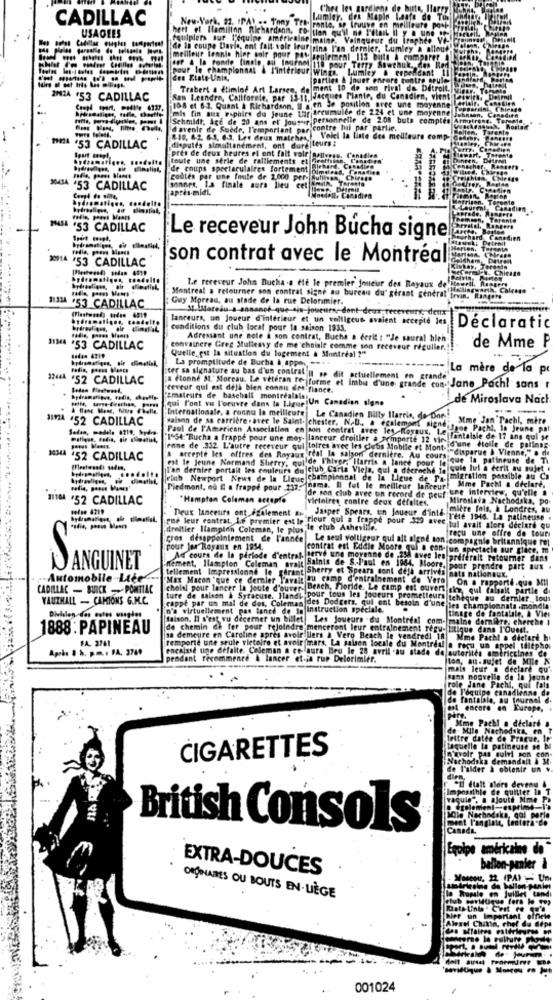
Chea les gardiens de bote, Ilarry
CADILLAC
New-York, 22. IPAY .. Tony Tro-
Lumley, des Maple Leafs de Tus
USAGEES
rente, se trouve en meilleure powi
hert et llamilton Richardann. Co. tien qu'il ne S'était Il y a une Ce
equiplers sur l'équipe americaine maine, Vainqueur du trophée Ve -!
de la coupe Davis, ont fait voir iruftrina l'an dernier, Lumley a oilout!
meilleur tennis hier soir pour pas-
egirmenl 113 bitte . comparer
pour le championnat & l'interieur Wings. Lumley & Cependant Il
her a la fonde finale, au tournel ia pour Terry Sawchuk. den Red.
den Etato-Unis,
parties & jouer encore contre spule
Trabert . ftimind Art Larsen, de ment 10 de son rival de Detroit.
'53 CADILLAC
San Leandro, Californie, par 13-1: [Jacques Piante, du Canadien, vient
108 et 6.2. Quant & Richardson, U a.en de position aree une moyenne
Lar arcumulde de 224 et une moyenne
mis fin aux espoirs du jeune tar
Schmidt, Ace de 20 ans et jousur personnelle de 208 buts comptes
davenir de Suède, l'emportant par"
contre hal par partie.
8-10. 6.2. 6.3. 6.3. Les deux matches,
.Voiel la liste des meilleurs comp
MIA .53 CADILLAC
disputes simultanément, ont dure teurs:
pres de deus heures el ont fait voir nAlly
toute une serie de ralliements et
de coups spectaculaires fortement
cobles par ine foste de 2.000 per-
3MAJA 453 CADILLAC
après-midi.
sonnes, La finale aura lieu ce
14SL 53 CADILLAC
Le receveur John Bucha signe
X14 53 CADILLAC
son contrat avec le Montréal
Montreal a retourner son contrat signe au bureau du' gérant generali
Le receveur John Bucha-a ete le premier joueur des Reyaux de
1111A *53 CADILLAC
Guy Moreau, au stade de la rue Delorimier.
St.Moredu s-annanes que-sin-joueurs, dont deux receveurs, deux
lanceurs, un Joueur d'intérieur et un volligeus avaient accepte les
conditions du club locat pour la saison 1935.
Déclaratic
Adressant une note a son contrat, Buche a écrit : "Je saural hlen
JIMA 53 CADILLAC
convaincre Greg Mulleasy de me choisir comme son receveur régulier.
de Mme P
tada. 4219
Quelle est la situation du logement & Montreal ?"
La promptitude de Bucha & appo, .. .
La mère de la p
12444 52 CADILLAC
ter sa signature au bas d'un contrat Il sp dit actuellement en grande
a (tonne M.' Moreau, Le veteran fo forme et Imbu d'une grande con- Jane Pachl sons r
ceveur qui est déjà bien connu des fiance.
qui l'ont vw l'oeuvre dans la Ligue Un Canadian sigme
"Amateurs de baseball montrealals!
de Miroslava Nach
52 CADILLAC
Internationale, a connu la meilleure Le Canadien Billy Harris, da Don!
salann de sa carrière .avec le Saint- chester. N.D ., a egalement signé;
Mme Jan Tachl, mire
Sedan, modele 42to, bydre-
Paul de l'American Association en son contrat avec les Royaux, Le
Jane Pachi, In Jeune pat
1º54: "Bucha a frappe pour une mey- lanceur droitier a "emporte 12 vie-
Ilantalsie de 17 ans qui se
enne de .332 L'autre receveur qui toires avec les clubs Mobile et Mont-i-disparue & Vienne," . de
id'une étoile de palimag.
MMA 152 CADILLAC
A areepte les offres des Royaux real la saison dernière. Au cours
est le jeune Normand Sherry, colle
ullde l'hiver. Itarris a lance pour 16 3
Whique la patineuse de Ti
Ton dernier portait les couleurs du club Carta Vieja, qui a décroché ja quie lil a écrit au sujet .
with Newport News de la Ligue championnat de la Ligue de Pa- migration possible au Ca
Piedmont, où E a frappe pour 217- nama. Il fut le meilleur lanceur! Mme Pach a déclaré,
de son club avec un record de peur the interview, qu'elle #
11104 *52 CADILLAC
*Hampton Coleman seteplo
victoires contre deux defaites,
Miroslava Nachodska, po.
tofun 4219
Deux lanceurs ont également an Jasper Spears, un joueur d'inte-
mitre fois, & Londres, au
que leur contrat. I.f premier est ie Fleur qui a frappe pour 329 avec
frete 1945. La patineuse
droitier Ilampinn Coleman, le plus le club Asheville.
bul avait alors declare qu
recu une offre de tour
cros desappointement de l'année Le seul voltigeur qui all alone ton compagnie britannique rej
pour lor Royaux en 1954.
contrat est Eddie Moore qui a con-jun spectacle sur glace, m
nement, llaspion Coleman avait Saints de S .- l'aul en 1964, Moore, pon
Ad cours de la période d'entral terve une moyenne de -250 avec les preferalt retourner dans
ANGUINET
pour prendre patt aus
.. Automobile -Ltee".
Max Macon 'que ce dernier T'avait ou camp d'entrainement de Vero
tellement Impressionne le garant Sherry et Spears sont dell arrives nats nationaux.
On a rapporté.que Mil
CADILLAC - BURCK -PONTIAC
cholal pour lancer la joute d'ouver |be
Bench, Fioride. Le camp est ouvert she, qui falsalt partie d
VAUTHALL - CAMIONS G.M.C.
ture de saison & Syracuse, Ilandi pour tous les joueurs prometteurs tchèque au dernier tous
cappe par un mal de dos, Coleman des Dodgers, qui ont besoin d'une
n'a virtuellement pas tance de to instruction speciale.
les championnats .mond
timage de fantaisie, a Vier
faison. Il s'est vu decermer un billet
Les Joueurs . du Montreal com- maine dernière: cherche I
1888 : PAPINEAU
de chemin de fer pour rejoindre menceront leur entrainement regu- litique dans l'Oued !.
FA. 3761
sa demeure en Caroline apres avoir illers & Vero Beach le vendredi IR Mme Pacht a dictare h
remporte une seule victoire et avoir (mars, La salson locale du Montreal a
Après 8 h. p.m .. PA. 3789
enenlase une défaite. Coleman a ce aura Beu le 28 avril au stade de autorités américaines de
pendant fecommence & lancer et ia rup Delerimier.
[ton, au- sujet de Mile N
mais leur @ declare qu
nouvelle de la jeune
role Jane Pachi, qui fals
l'équipe canadienne
de fantalale, au tournel
encore.
WEurope,
a déclaré
CIGARETTES
de l'o
ICH (tatt 'slors deveny
Impossible de quitter in
ragule", a ajouté Mme Pa
. également-exprime-l'a
MOle Nachndaka, gal perle
aprime-
seet l'anglais, tedtera de
British Consols
Canada
Equipe américaine de
EXTRA-DOUCES
ballon-panier &
Moscou, 22 (PA) - Un
la Sopale en Juillet tandi
mirtreine da ballon-panier
ORDINAIRES OU BOUTS EN·LIÈGE
ler un Important einche
AWesel China, chef du déps
001024